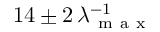
1 4 \pm 2 \, \lambda _ { \mathrm { ~ m ~ a ~ x ~ } } ^ { - 1 }